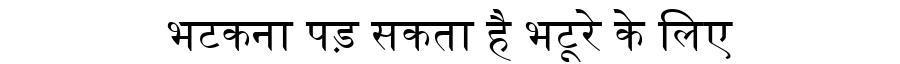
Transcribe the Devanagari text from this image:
भटकना पड़ सकता है भटूरे के लिए